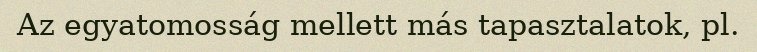
Az egyatomosság mellett más tapasztalatok, pl.